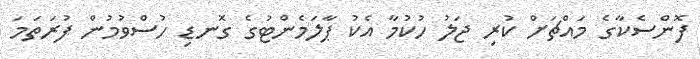
ފޮންސެކާގެ މައްޗަށް ކުރި ޖަލު ހުކުމާ އެކު ޕާލަމެންޓުގެ ގޮނޑި ހުސްވުމުން ފުރަތަަމަ